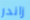
زاندر